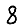
Digit: 8